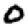
Digit: 0